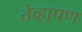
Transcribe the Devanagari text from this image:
तेव्हापण